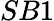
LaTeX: SB1